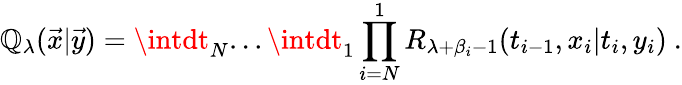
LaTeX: {\cal\mathbb{Q}}_{\lambda}({\vec{{x}}}|{\vec{{y}}})=\intdt_{N}...\intdt_{1}\prod_{i=N}^{1}R_{\lambda+\beta_{i}-1}(t_{i-1},x_{i}|t_{i},y_{i})~.